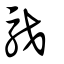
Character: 駁